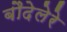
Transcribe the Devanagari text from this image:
बौदेलेरे